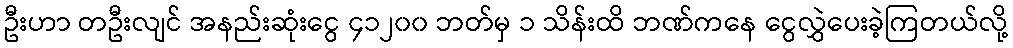
ဦးဟာ တဦးလျင် အနည်းဆုံးငွေ ၄၁၂၀၀ ဘတ်မှ ၁ သိန်းထိ ဘဏ်ကနေ ငွေလွှဲပေးခဲ့ကြတယ်လို့